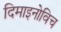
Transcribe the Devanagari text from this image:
दिमाइनोविच